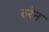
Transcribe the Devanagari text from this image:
रुरेन